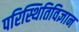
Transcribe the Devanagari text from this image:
परिस्थितिविज्ञान